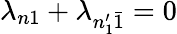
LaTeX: \lambda_{n1}+\lambda_{n_{1}^{\prime}\bar{1}}=0